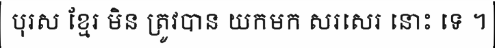
បុរស ខ្មែរ មិន ត្រូវបាន យកមក សរសេរ នោះ ទេ ។